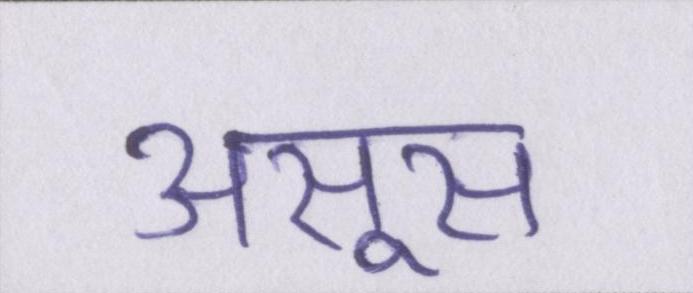
असूस